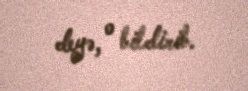
deyə, o bildirib.